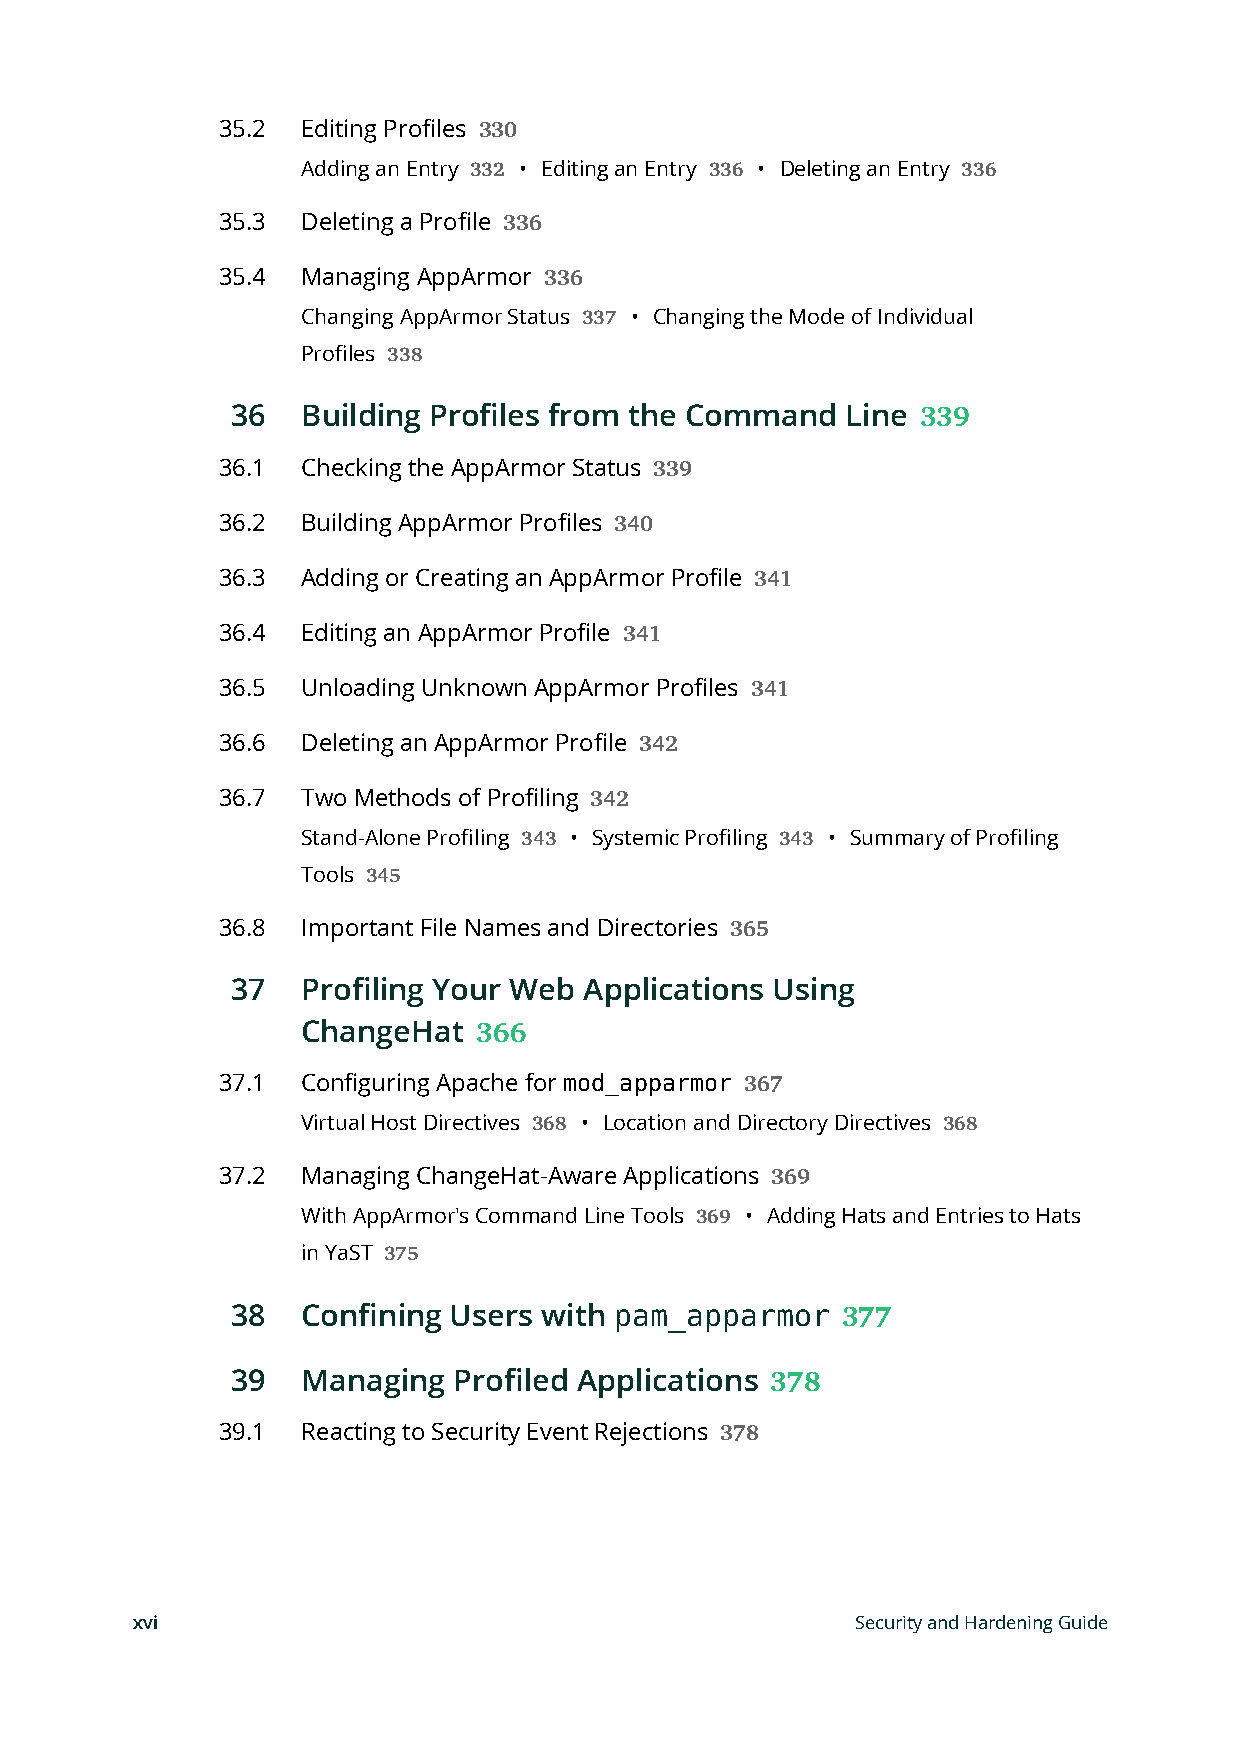
35.2  Editing Profiles
 330
 Adding an Entry • Editing an Entry • Deleting an Entry
 332             336              336
 35.3  Deleting a Profile
 336
 35.4  Managing AppArmor
 336
 Changing AppArmor Status • Changing the Mode of Individual
 337
 Profiles
 338
 36   Building Profiles from the Command  Line
 339
 36.1  Checking the AppArmor Status
 339
 36.2  Building AppArmor Profiles
 340
 36.3  Adding or Creating an AppArmor Profile
 341
 36.4  Editing an AppArmor Profile
 341
 36.5  Unloading Unknown AppArmor Profiles
 341
 36.6  Deleting an AppArmor Profile
 342
 36.7  Two Methods of Profiling
 342
 Stand-Alone Profiling • Systemic Profiling • Summary of Profiling
 343               343
 Tools
 345
 36.8  Important File Names and Directories
 365
 37   Profiling Your Web Applications Using
 ChangeHat
 366
 37.1  Configuring Apache for mod_apparmor 367
 Virtual Host Directives • Location and Directory Directives
 368                        368
 37.2  Managing ChangeHat-Aware Applications
 369
 With AppArmor's Command Line Tools • Adding Hats and Entries to Hats
 369
 in YaST
 375
 38   Confining Users with pam_apparmor   377
 39   Managing  Profiled Applications
 378
 39.1  Reacting to Security Event Rejections
 378
 xvi                                             Security and Hardening Guide